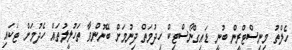
ހެލްތު މިނިސްޓްރީން ބުނީ ޑައިގްނޯސްޓިކް ހިދުމަތް ދިނުމަށް ބޭނުންވާ ތަހުލީލުތައް ހެދުމަށް ޓަކައި